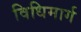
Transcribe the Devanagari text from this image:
विधिमार्ग